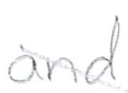
Text: and
Cross-out: diagonal
Writing tool: pencil